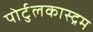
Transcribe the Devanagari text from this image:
पोर्टुलकास्द्रम